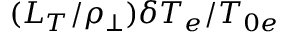
( L _ { T } / \rho _ { \perp } ) \delta T _ { e } / T _ { 0 e }